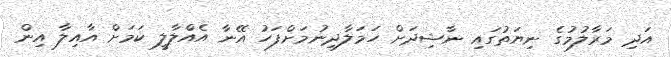
އަދި މަރާލުމުގެ ނިޔަތުގައި ނާޝިދަށް ހަމަލާދިނުމަށްފަހު އޭނާ އެއްލާލީ ކަމަށް އާއިލާ އިން